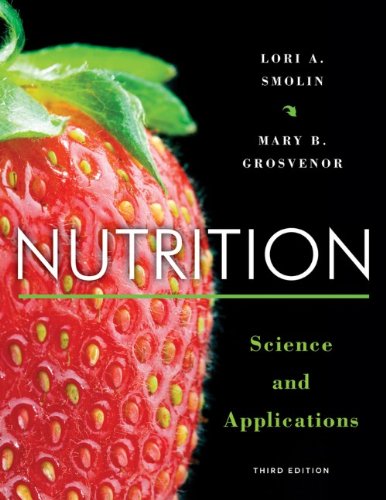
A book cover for Nutrition: Science and Applications; Lori A. Smolin; Medical Books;